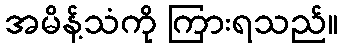
အမိန့်သံကို ကြားရသည်။